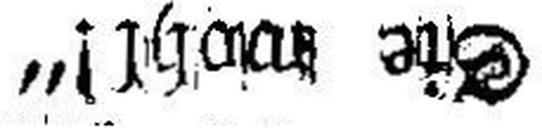
Sie wohl!“